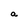
Character: a